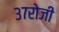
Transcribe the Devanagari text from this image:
३७रोजी